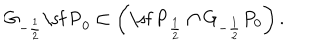
G _ { - \frac { 1 } { 2 } } \mathrm { \sf ~ P } _ { 0 } \subset \left( \mathrm { \sf ~ P } _ { \frac { 1 } { 2 } } \cap G _ { - \frac { 1 } { 2 } } P _ { 0 } \right) .